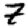
Digit: 7